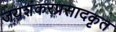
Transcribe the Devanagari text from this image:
जयशंकरप्रसादकृत